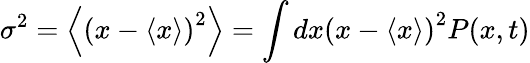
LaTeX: \sigma^{2}=\left\langle\left(x-\langle x\rangle\right)^{2}\right\rangle=\int dx\left(x-\langle x\rangle\right)^{2}P(x,t)